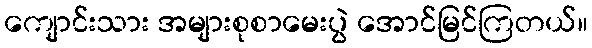
ကျောင်းသား အများစုစာမေးပွဲ အောင်မြင်ကြတယ်။